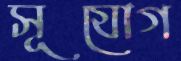
সূযোগ